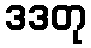
ဒဒတု